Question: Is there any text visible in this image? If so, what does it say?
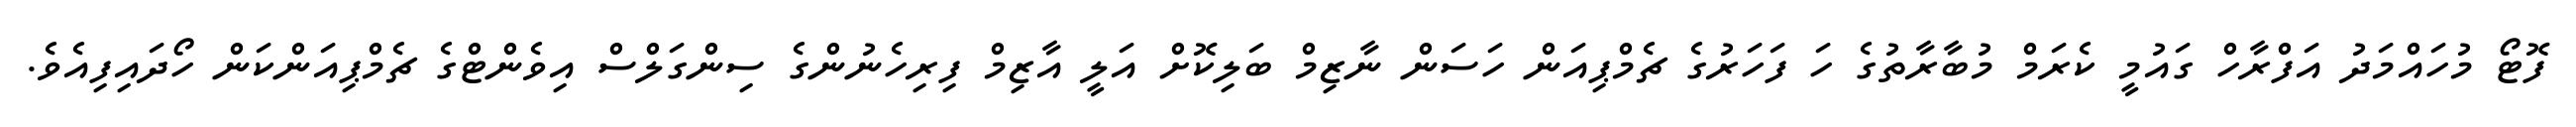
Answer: ފޮޓޯ މުހައްމަދު އަފްރާހް ގައުމީ ކެރަމް މުބާރާތުގެ ހަ ފަހަރުގެ ޗެމްޕިއަން ހަސަން ނާޒިމް ބަލިކޮށް އަލީ އާޒިމް ފިރިހެނުންގެ ސިންގަލްސް އިވެންޓްގެ ޗެމްޕިއަންކަން ހޯދައިފިއެވެ.